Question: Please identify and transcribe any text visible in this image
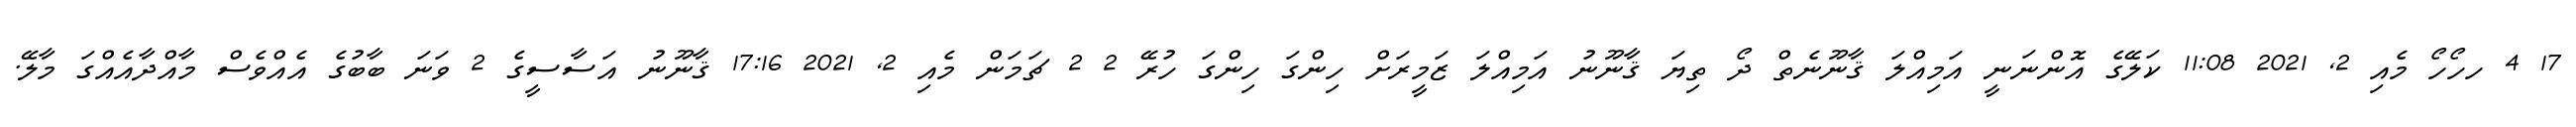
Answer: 17 4 ހހޯހޯ މެއި 2, 2021 11:08 ކަލޭގެ އޮންނަނީ އަމިއްލަ ޤާނޫނެތް ދޯ ތިޔަ ޤާނޫނު އަމިއްލަ ޒަމީރަށް ހިންގަ ހިންގަ ހުރޭ 2 2 ޗަމަން މެއި 2, 2021 17:16 ޤާނޫނު އަސާސީގެ 2 ވަނަ ބާބުގެ އެއްވެސް މާއްދާއެއްގަ މާލޭ.